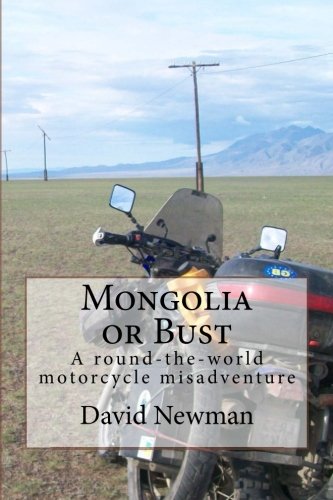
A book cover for Mongolia or Bust: A round-the-world motorcycle misadventure; David Newman; Travel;